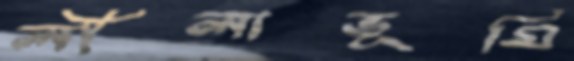
লীলাভূমি